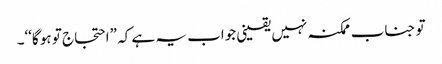
تو جناب ممکنہ نہیں یقینی جواب یہ ہے کہ ”احتجاج تو ہو گا‘‘۔